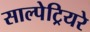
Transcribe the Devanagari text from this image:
साल्पेट्रियरे